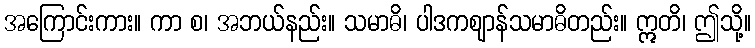
အကြောင်းကား။ ကာ စ၊ အဘယ်နည်း။ သမာဓိ၊ ပါဒကဈာန်သမာဓိတည်း။ ဣတိ၊ ဤသို့။